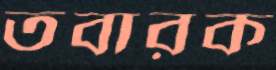
তবারক